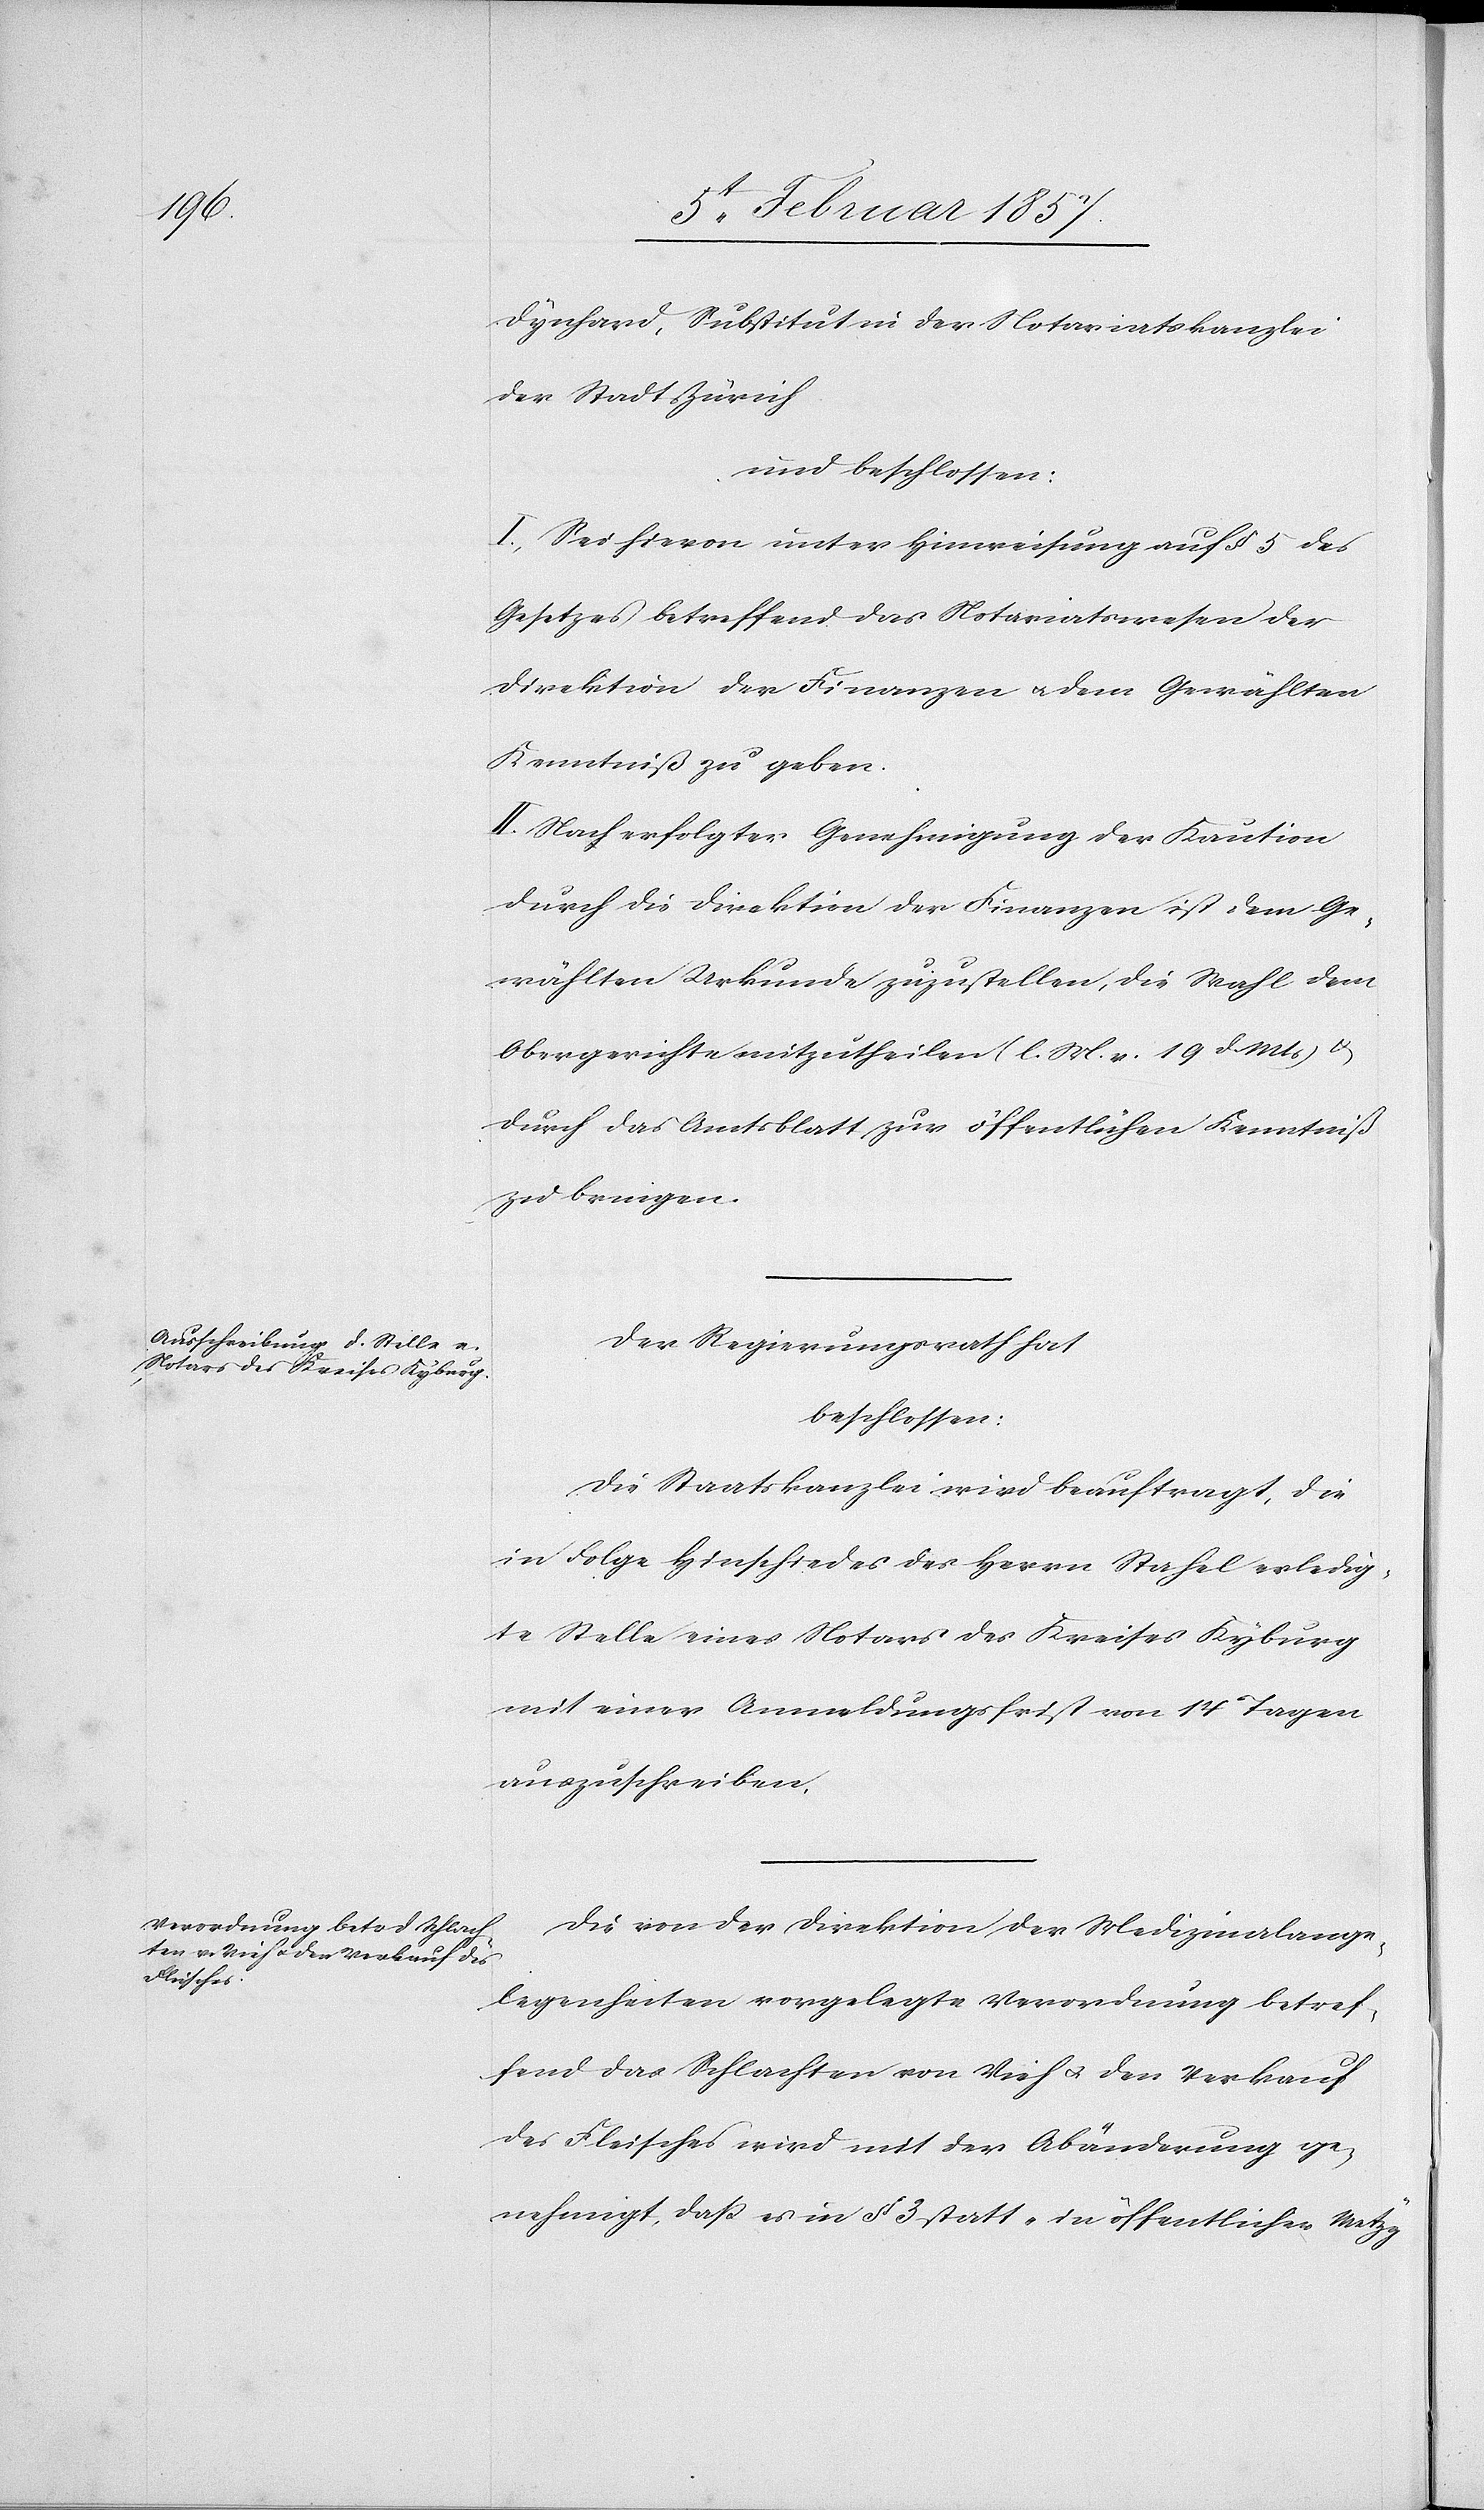
Dynhard, Substitut in der Notariatskanzlei
der Stadt Zürich
und beschlossen:
I. Sei hievon unter Hinweisung auf § 5 des
Gesetzes betreffend das Notariatswesen der
Direktion der Finanzen u. dem Gewählten
Kenntniß zu geben.
II. Nach erfolgter Genehmigung der Kaution
durch die Direktion der Finanzen ist dem Ge¬
wählten Urkunde zuzustellen, die Wahl dem
Obergerichte mitzutheilen (l. M. v. 19 d Mts) u.
durch das Amtsblatt zur öffentlichen Kenntniß
zu bringen.
Der Regierungsrath hat
beschlossen:
Die Staatskanzlei wird beauftragt, die
in Folge Hinschiedes des Herrn Stahel erledig¬
te Stelle eines Notars des Kreises Kyburg
mit einer Anmeldungsfirst von 14 Tagen
auszuschreiben.
Die von der Direktion der Medizinalange¬
legenheiten vorgelegte Verordnung betref¬
fend das Schlachten von Vieh u. den Verkauf
des Fleisches wird mit der Abänderung ge¬
nehmigt, dass es in § 3 statt „in öffentlicher Metzg“